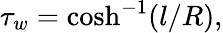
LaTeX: \tau_{w}=\cosh^{-1}(l/R),